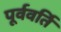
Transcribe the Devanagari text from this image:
पूर्ववर्ति